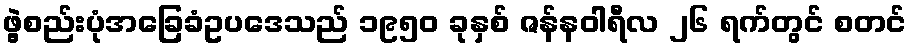
ဖွဲ့စည်းပုံအခြေခံဥပဒေသည် ၁၉၅၀ ခုနှစ် ဇန်နဝါရီလ ၂၆ ရက်တွင် စတင်